Punjab Mental Hospital Lahore 1922-31 - 1922-1931
Year: 1922
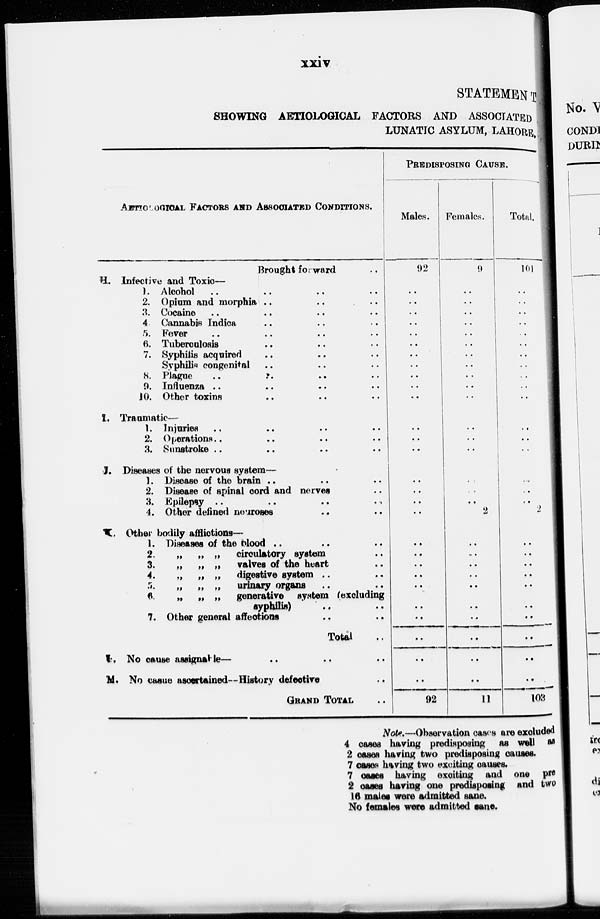
xxiv
STATEMENT
SHOWING AETIOLOGICAL FACTORS AND ASSOCIATED
LUNATIC ASYLUM, LAHORE,
AETIOLOGICAL FACTORS AND ASSOCIATED CONDITIONS.
Brought forward ..
H. Infective and Toxic—
1. Alcohol .. .. .. ..
2. Opium and morphia .. .. ..
3. Cocaine ..
..
.. ..
4 Cannabis Indica .. .. ..
5. Fever .. .. .. ..
6. Tuberculosis .. .. ..
7. Syphilis acquired .. .. ..
Syphilis congenital .. .. ..
8. Plague
.. .. .. ..
9. Influenza .. .. .. ..
10. Other toxins .. .. ..
I. Traumatic—
1. Injuries .. .. .. ..
2. Operations .. .. .. ..
3. Sunstroke
..
..
..
..
J. Diseases of the nervous system—
1. Disease of the brain .. .. ..
2. Disease of spinal cord and nerves ..
3. Epilepsy ..
..
..
..
4. Other defined neuroses .. ..
K. Other bodily afflictions—
1. Diseases of the blood .. .. ..
2.
„
„
„
circulatory system ..
3.
„
„ „
valves of the heart ..
4.
„ „ „
digestive system
..
..
5. „ „ „ urinary organs .. ..
6.
„
„
„
generative system (excluding
syphilis)
7. Other general affections
..
..
Total ..
L. No cause assignable— .. .. ..
M. No casue ascertained—History defective ..
GRAND TOTAL ..
PREDISPOSING CAUSE.
Males.
92
..
..
..
..
..
..
..
..
..
..
..
..
..
..
..
..
..
..
..
..
..
..
..
..
..
..
..
..
92
Females.
9
..
..
..
..
..
..
..
..
..
..
..
..
..
..
..
..
..
2
..
..
..
..
..
..
..
..
..
..
11
Total.
101
..
..
..
..
..
..
..
..
..
..
..
..
..
..
...
..
..
2
..
..
..
..
..
..
..
..
..
..
103
Note.—Observation cases are excluded
4 cases having predisposing as well as
2 cases having two predisposing causes.
7 cases having two exciting causes.
7 cases having exciting and one pre
2 cases having one predisposing and two
16 males were admitted sane.
No females were admitted sane.